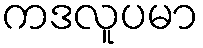
ကဒလူပမာ